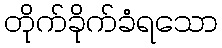
တိုက်ခိုက်ခံရသော